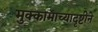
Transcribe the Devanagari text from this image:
मुक्कामाच्यादृष्टीने